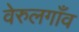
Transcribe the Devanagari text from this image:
वेरुलगाँव